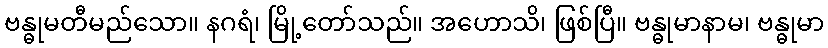
ဗန္ဓုမတီမည်သော။ နဂရံ၊ မြို့တော်သည်။ အဟောသိ၊ ဖြစ်ပြီ။ ဗန္ဓုမာနာမ၊ ဗန္ဓုမာ